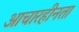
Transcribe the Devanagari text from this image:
आचारहीनता